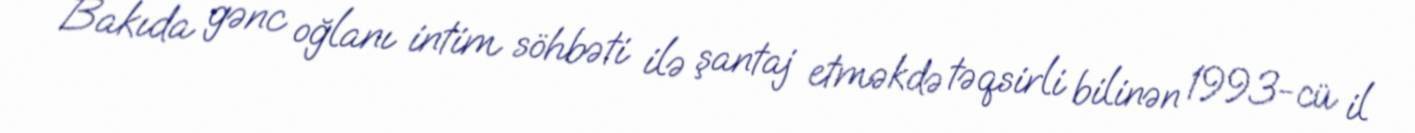
Bakıda gənc oğlanı intim söhbəti ilə şantaj etməkdə təqsirli bilinən 1993-cü il